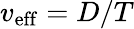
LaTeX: v_{\mathrm{eff}}=D/T